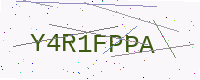
Text: Y4R1FPPA